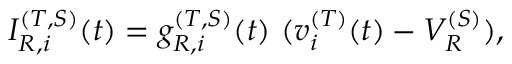
I _ { R , i } ^ { ( T , S ) } ( t ) = g _ { R , i } ^ { ( T , S ) } ( t ) ~ ( v _ { i } ^ { ( T ) } ( t ) - V _ { R } ^ { ( S ) } ) ,